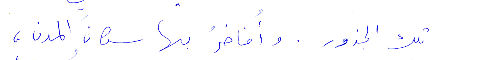
تلك الجذور. وأفاخر بها سكان المدن،